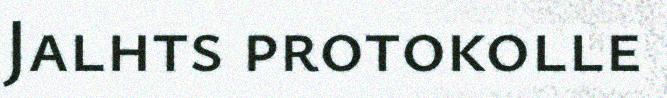
Jalhts protokolle